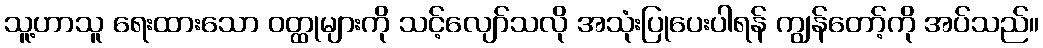
သူ့ဟာသူ ရေးထားသော ဝတ္ထုများကို သင့်လျော်သလို အသုံးပြုပေးပါရန် ကျွန်တော့်ကို အပ်သည်။